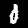
Label: 0